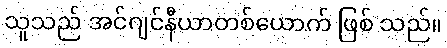
သူသည် အင်ဂျင်နီယာတစ်ယောက် ဖြစ် သည်။